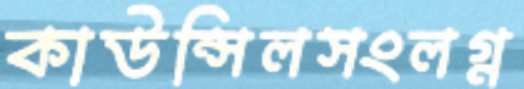
কাউন্সিলসংলগ্ন